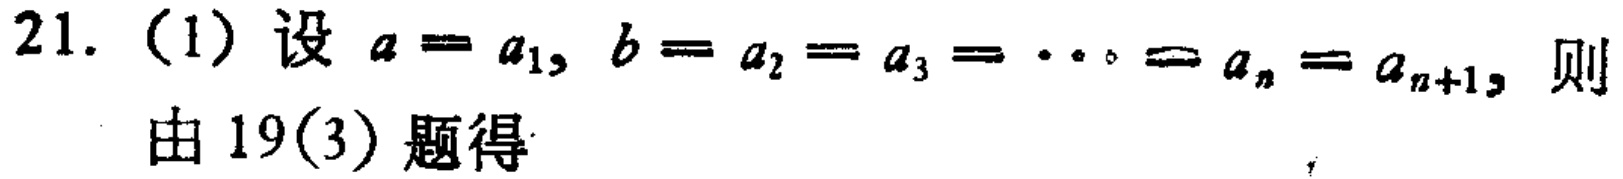
21. (1) 设 \(a = a_1, b = a_2 = a_3 = \cdots = a_n = a_{n + 1}\)，则

由19(3)题得